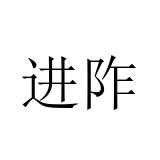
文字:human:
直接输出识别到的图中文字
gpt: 进阼